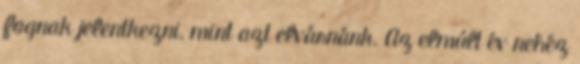
fognak jelentkezni, mint azt elvárnánk. Az elmúlt év nehéz